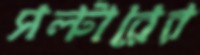
সল্টারের